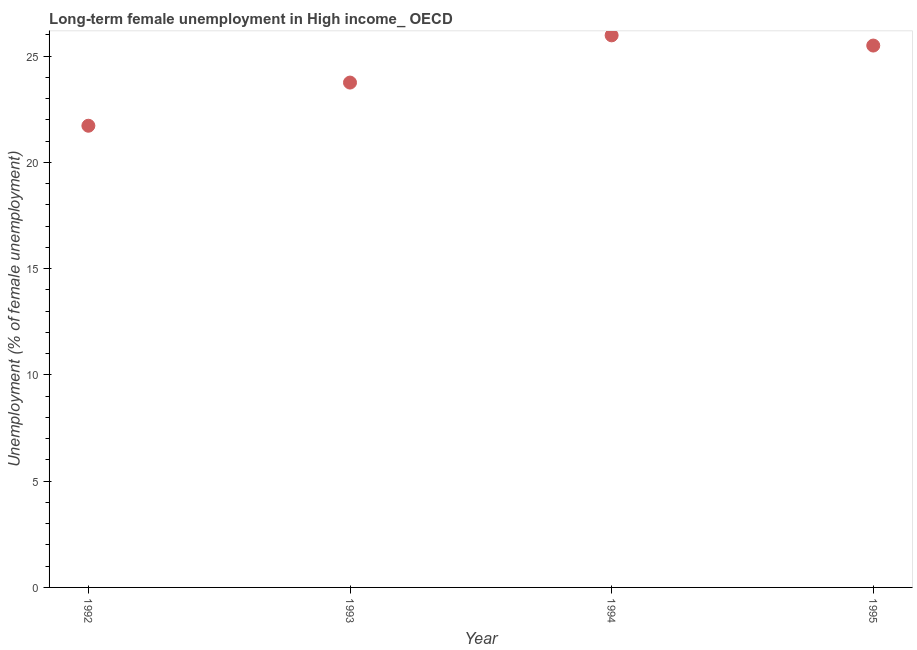
| Year | Long-term unemployment female |
 | --- | --- |
 | 1992 | 21.7 |
 | 1993 | 23.8 |
 | 1994 | 26 |
 | 1995 | 25.5 |